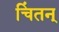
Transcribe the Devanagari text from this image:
चिंतन्